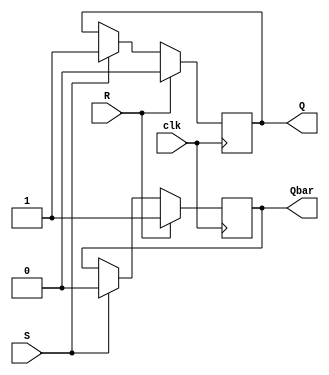
module SR_latch(
    input wire S,        // Set input
    input wire R,        // Reset input
    input wire clk,      // Clock input
    output reg Q,        // Output Q
    output reg Qbar      // Output Qbar
);

reg Q_next, Qbar_next;

always @(posedge clk) begin
    if (R) begin
        Q_next <= 1'b0;
        Qbar_next <= 1'b1;
    end else if (S) begin
        Q_next <= 1'b1;
        Qbar_next <= 1'b0;
    end else begin
        Q_next <= Q;
        Qbar_next <= Qbar;
    end
end

assign Q = Q_next;
assign Qbar = Qbar_next;

endmodule